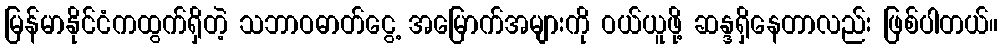
မြန်မာနိုင်ငံကထွက်ရှိတဲ့ သဘာဝဓာတ်ငွေ့ အမြောက်အများကို ဝယ်ယူဖို့ ဆန္ဒရှိနေတာလည်း ဖြစ်ပါတယ်။